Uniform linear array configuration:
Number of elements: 48
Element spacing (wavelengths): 0.75
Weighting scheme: hann
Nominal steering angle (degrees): -45
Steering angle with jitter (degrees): -43.978
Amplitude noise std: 0.05
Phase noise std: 0.05

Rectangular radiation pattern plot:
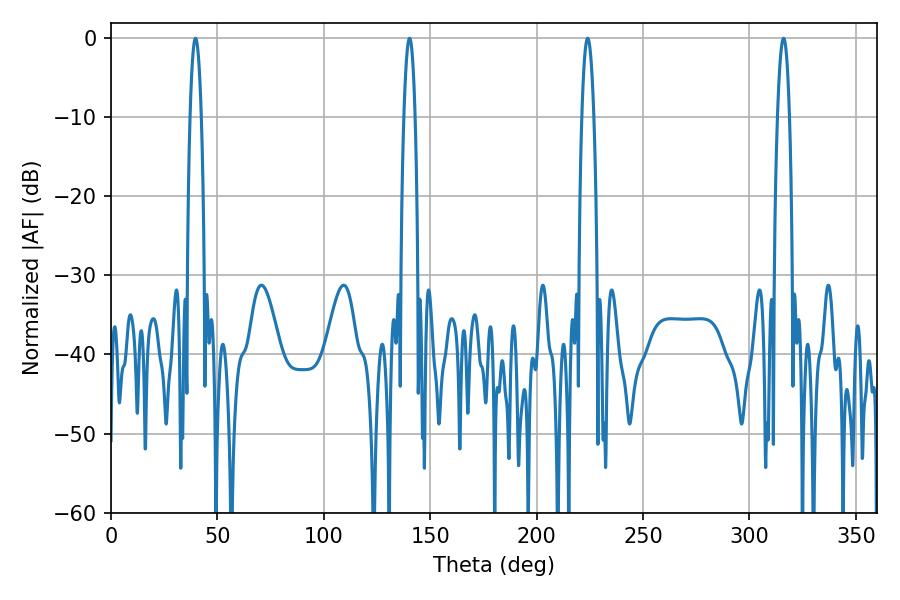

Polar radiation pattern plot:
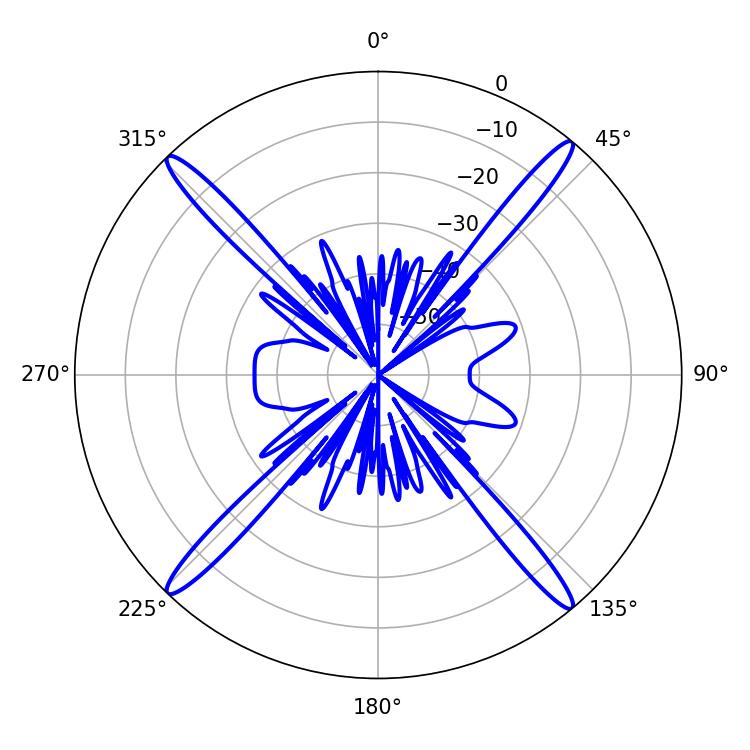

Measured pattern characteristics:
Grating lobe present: TRUE
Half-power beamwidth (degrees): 3.06
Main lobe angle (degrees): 223.92